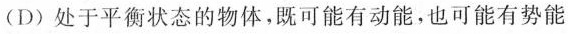
(D)处于平衡状态的物体，既可能有动能，也可能有势能